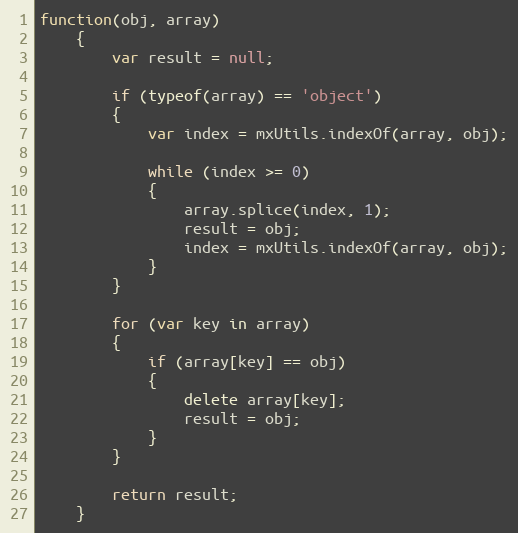
Language: JavaScript
function(obj, array)
	{
		var result = null;

		if (typeof(array) == 'object')
		{
			var index = mxUtils.indexOf(array, obj);

			while (index >= 0)
			{
				array.splice(index, 1);
				result = obj;
				index = mxUtils.indexOf(array, obj);
			}
		}

		for (var key in array)
		{
			if (array[key] == obj)
			{
				delete array[key];
				result = obj;
			}
		}

		return result;
	}